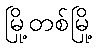
မြို့တစ်မြို့